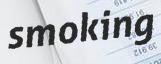
smoking